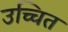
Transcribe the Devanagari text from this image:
उच्चित